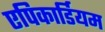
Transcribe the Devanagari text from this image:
एपिकार्डियम